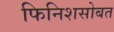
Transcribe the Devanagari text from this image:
फिनिशसोबत